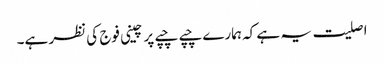
اصلیت یہ ہے کہ ہمارے چپے چپے پر چینی فوج کی نظر ہے۔